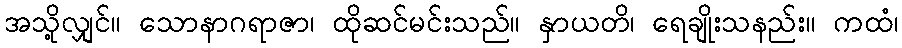
အသို့လျှင်။ သောနာဂရာဇာ၊ ထိုဆင်မင်းသည်။ နှာယတိ၊ ရေချိုးသနည်း။ ကထံ၊